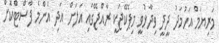
މަރިޔަމް އަހުމަދު ދީދީ ވިދާޅުވީ މިޕެކޭޖަކީ ރާއްޖޭގައި އަލަށް އަދި އެންމެ ފާސްޓްކޮށް